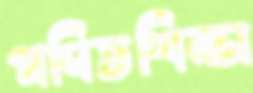
গণিতশিক্ষা